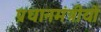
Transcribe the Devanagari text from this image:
प्रधानमंत्रीयों